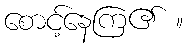
စောင့်နေကြ၏ ။